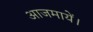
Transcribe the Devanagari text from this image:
आजमायें।